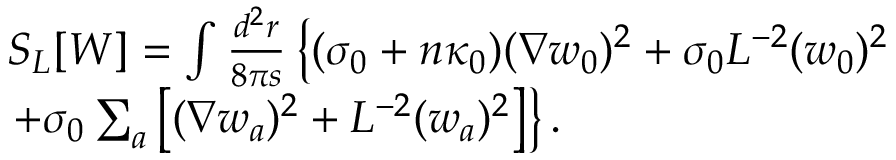
\begin{array} { r l } & { S _ { L } [ W ] = \int \frac { d ^ { 2 } r } { 8 \pi s } \left\{ ( \sigma _ { 0 } + n \kappa _ { 0 } ) ( \nabla w _ { 0 } ) ^ { 2 } + \sigma _ { 0 } L ^ { - 2 } ( w _ { 0 } ) ^ { 2 } \vphantom { \sum _ { a } } \right. } \\ & { \left. + \sigma _ { 0 } \sum _ { a } \left[ ( \nabla w _ { a } ) ^ { 2 } + L ^ { - 2 } ( w _ { a } ) ^ { 2 } \right] \right\} . } \end{array}